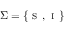
\Sigma = \{ \textsc { s } , \textsc { i } \}